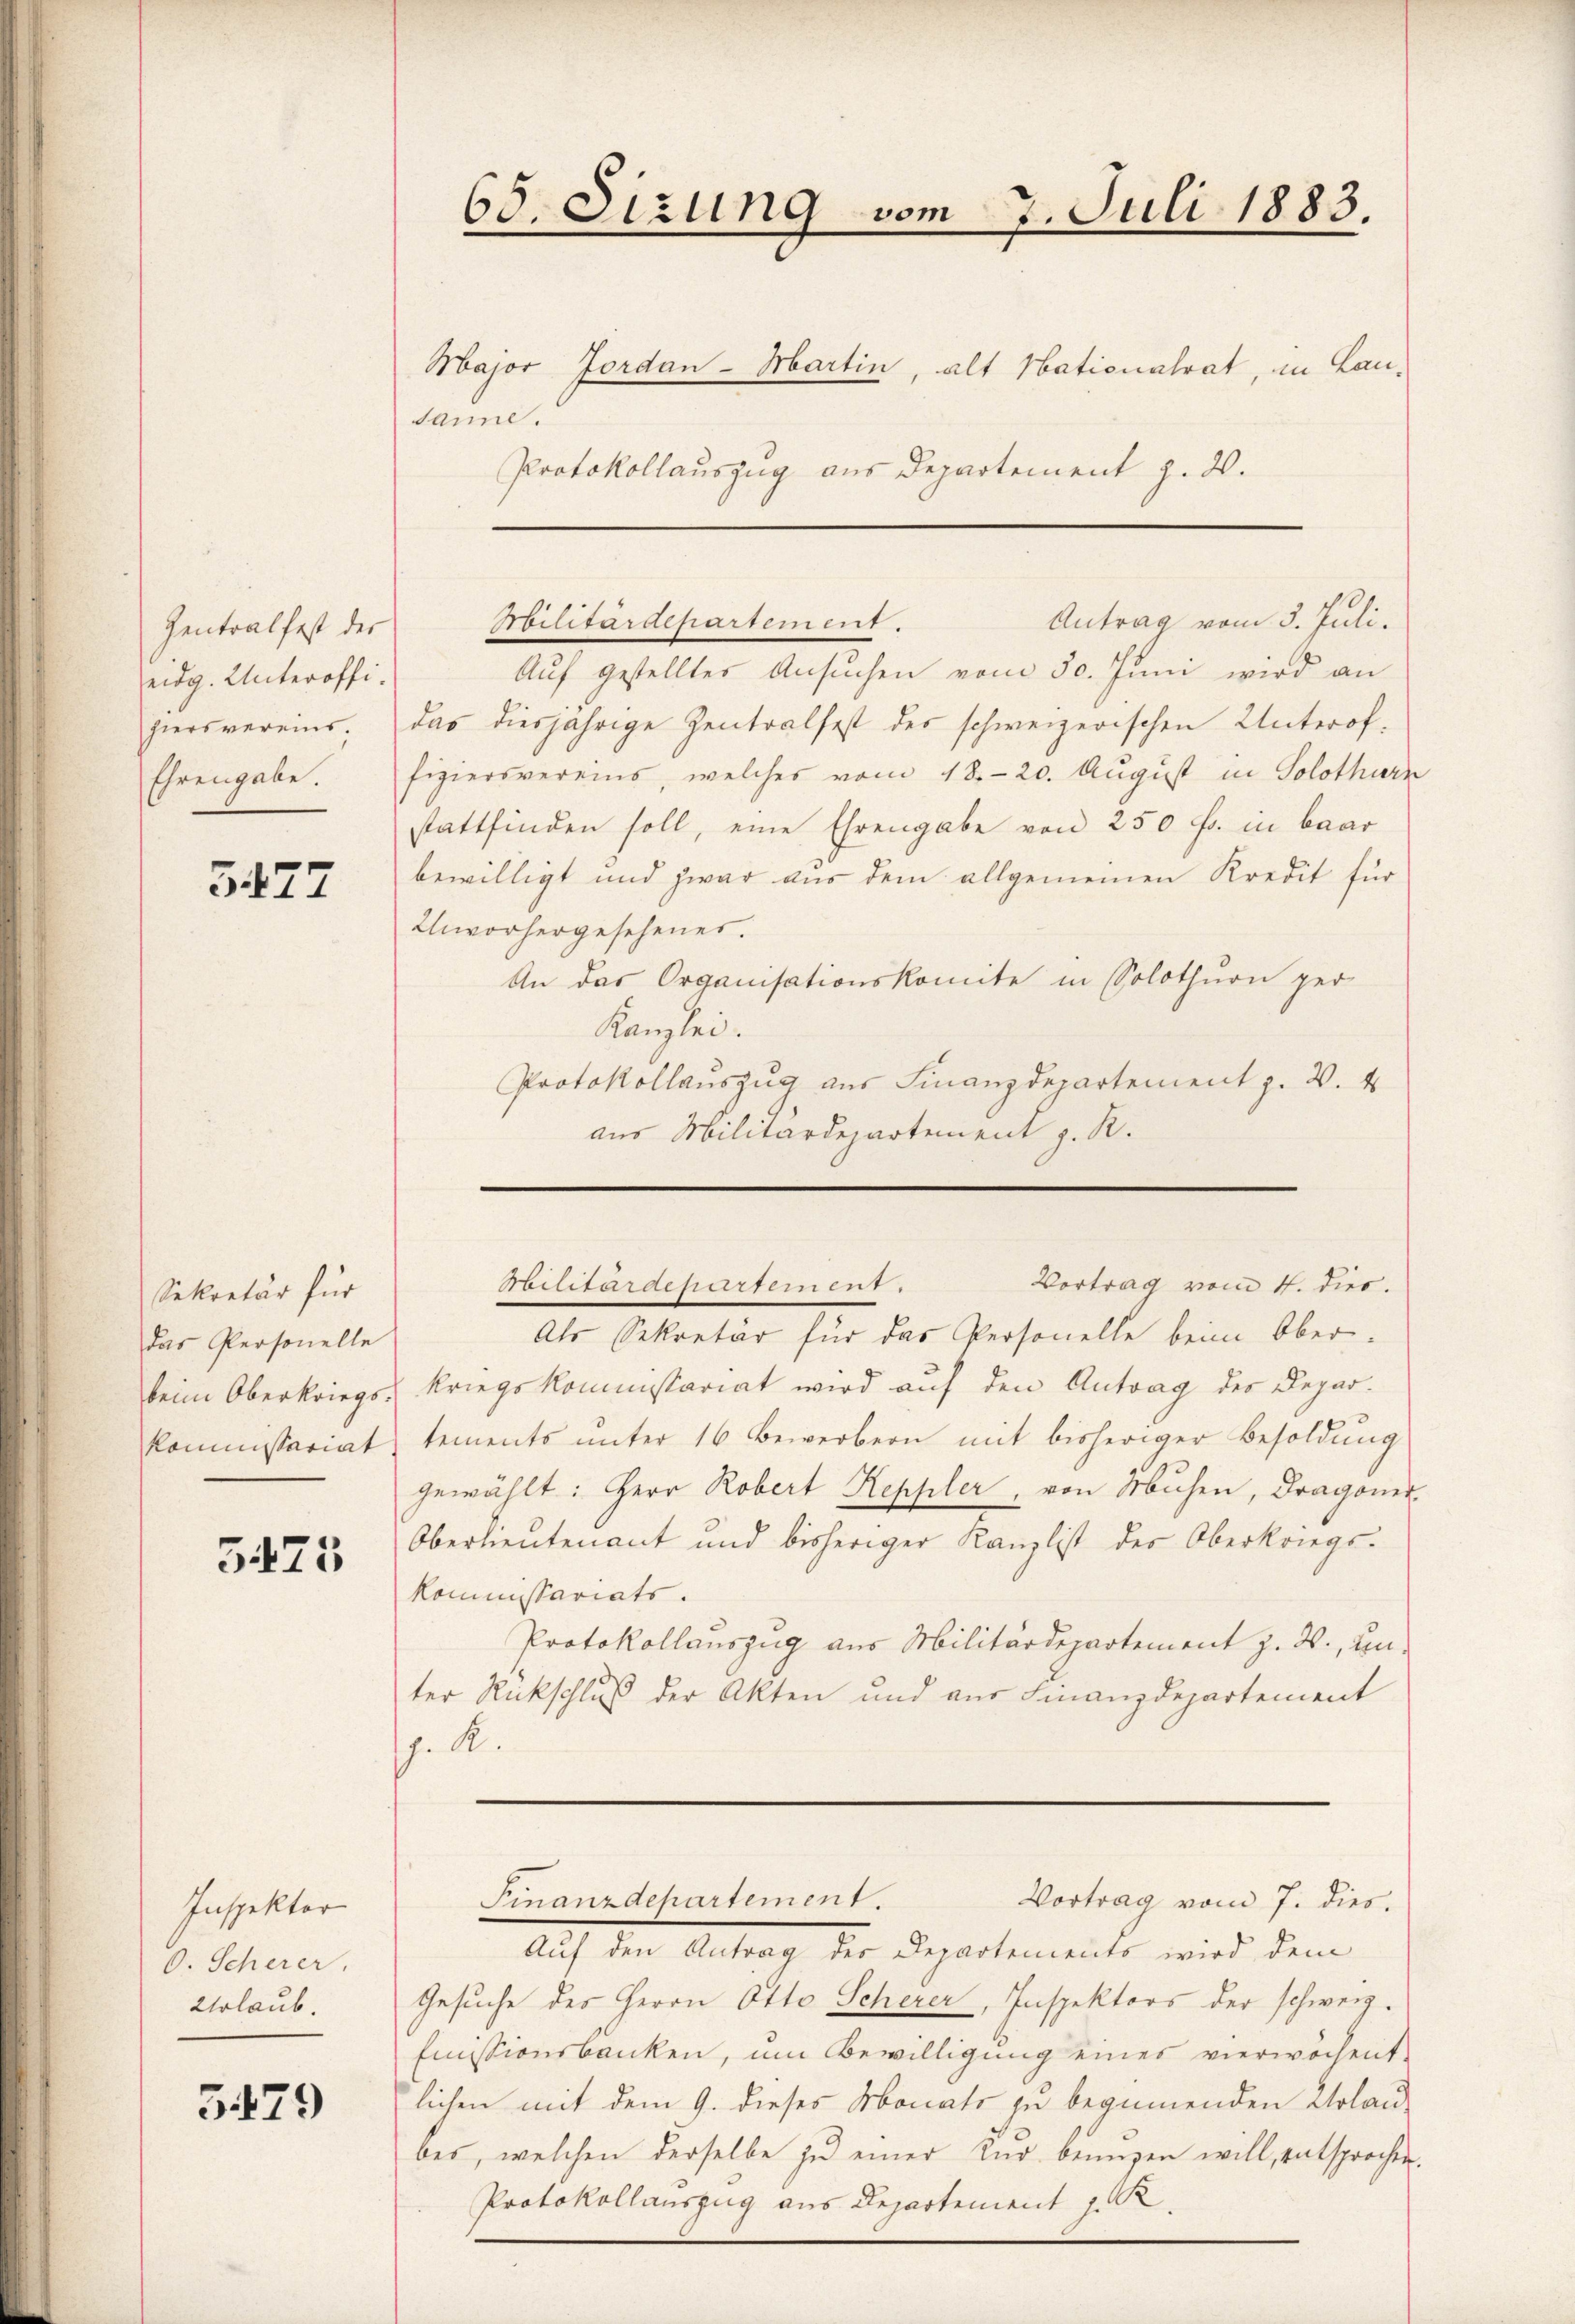
Zentralfest der
eidg. Unteroffihiers vereins.
Ehrengabe.

5477

Sekretär für
das Personelle
beim Oberkriegs-
Kommissariat

5475

Inspektor
O. Scherer.
Urlaub.

5479

65. Sizung vom 7. Juli 1883.

Major Jordan-Martin, alt Nationalrat, in Lau-
sanne.
Protokollauszug aus Departement z. 20.

Militärdepartement.
Auf gestellter Ansuchen vom 30. Juni wird an
das diesjährige Zentralfest des schweizerischen Unteroffiziersvereins, welches vom 18. 20. August in Solothurn
stattfinden soll, eine Ehrengabe von 250 fr. in baar
bewilligt und zwar aus dem allgemeinen Kredit für
Unvorhergesehener.
An das Organisationskomite in Solothurn per
Kanzlei.
Protokollauszug aus Finanzdepartement z. B. 4
aus Militärdepartement z. R.

Vortrag vom 4. dies.
Militärdepartement.
Als Sekretär für das Personelle beim Oberkriegskommissariat wird auf den Antrag des Departements unter 16 Bewerbern mit bisheriger Besoldung
gewählt: Herr Robert Keppler, von Mühen, Dragoner
Oberlieutenant und bisheriger Kanzlist des Oberkongs-
Kommissariats.
Protokollauszug aus Militärdepartement z. B., unter Rückschluß der Akten und aus Finanzdepartement
J. K.
Finanzdepartement.
Vortrag vom 7. dies.
Auf den Antrag des Departements wird dem
Gesuche des Herrn Otto Scherer, Inspektors der schweiz.
Emissionsbanken, um Bewilligung eines vierwochent
lichen mit dem 9. dieses Monats zu beginnenden Urlau-
bes, welchen derselbe zu einer Kur bringen will, entsprochen.
Protokollauszug aus Departement z. R.

Antrag vom 3. Juli.